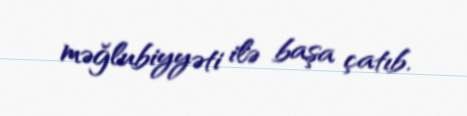
məğlubiyyəti ilə başa çatıb.